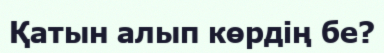
Қатын алып көрдің бе?